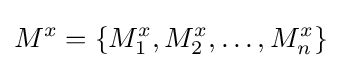
M^{x}=\{M_{1}^{x},M_{2}^{x},\ldots ,M_{n}^{x}\}